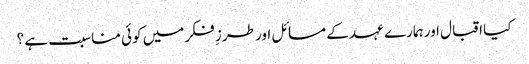
کیا اقبال اور ہمارے عہد کے مسائل اور طرزِ فکر میں کوئی مناسبت ہے ؟